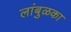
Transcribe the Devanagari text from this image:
लांबुळका